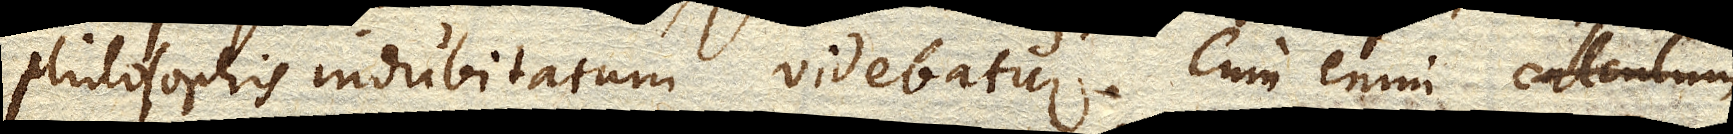
philosophis indubitatum videbatur. Cum enim calculum